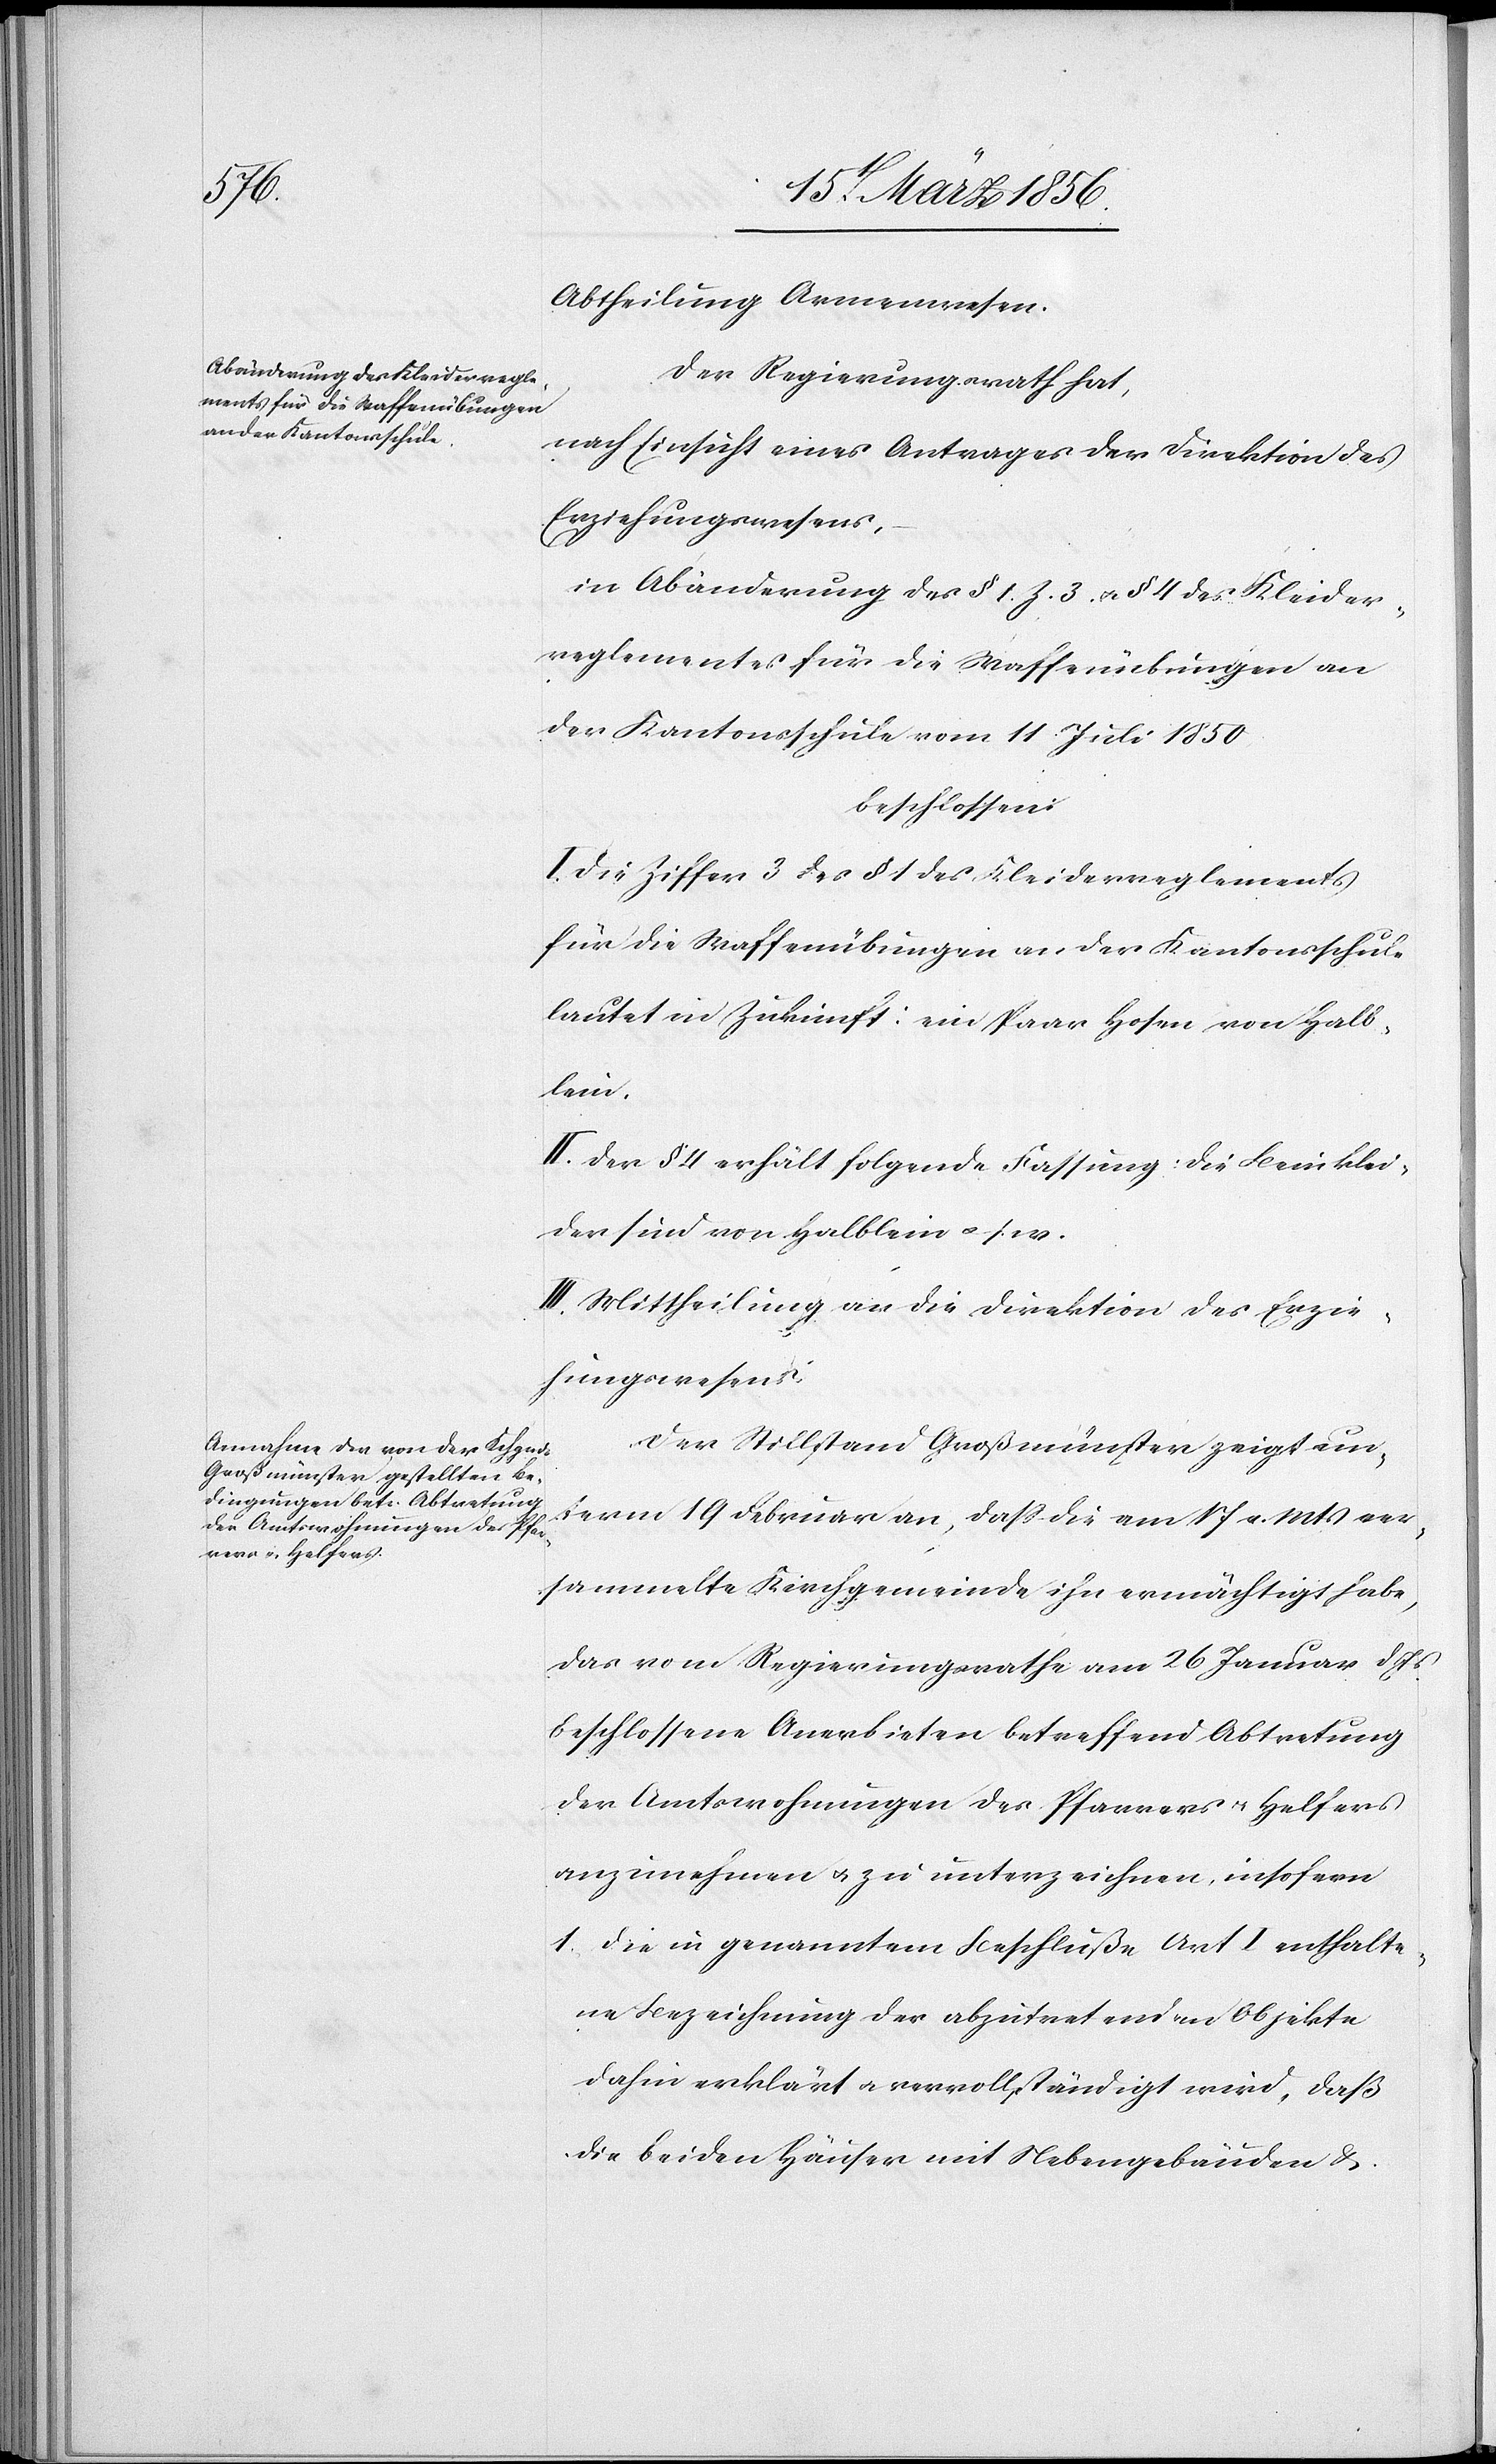
Abtheilung Armenwesen.
Der Regierungsrath hat,
nach Einsicht eines Antrages der Direktion des
Erziehungswesens,
in Abänderung des § 1. Z. 3. u. § 4 des Kleider¬
reglementes für die Waffenübungen an
der Kantonsschule vom 11 Juli 1850
beschlossen:
I. Die Ziffer 3 des § 1 des Kleiderreglements
für die Waffenübungen an der Kantonsschule
lautet in Zukunft ein Paar Hosen von Halb¬
lein.
II. Der § 4 erhält folgende Fassung: die Beinklei¬
der sind von Halblein u. s. w.
III. Mittheilung an die Direktion des Erzie¬
hungswesens.
Der Stilltand Großmünster zeigt un¬
term 19 Februar, daß die am 17 v. Mts ver¬
sammelte Kirchgemeinde ihn ermächtigt habe,
das vom Regierungsrathe am 26 Januar d
beschlossene Anerbieten betreffend Abtretung
der Amtswohnungen des Pfarrers u. Helfers
anzunehmen u. zu unterzeichnen, insofern
1. die in genanntem Beschluße Art I enthalte¬
ne Bezeichnung der abzutretenden Objekte
dahin erklärt u. vervollständigt wird, daß
die beiden Häuser mit Nebengebäuden &